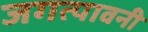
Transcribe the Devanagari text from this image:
जगत्पावनी